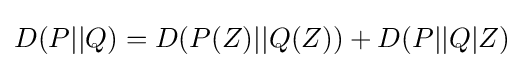
D(P||Q)=D(P(Z)||Q(Z))+D(P||Q|Z)